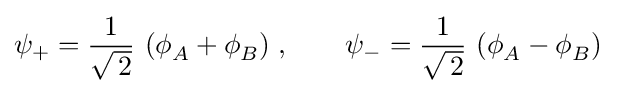
\psi _{+}={\frac {1}{\sqrt {\,2}}}~(\phi _{A}^{}+\phi _{B}^{})\;,\qquad \psi _{-}={\frac {1}{\sqrt {\,2}}}~(\phi _{A}^{}-\phi _{B}^{})\;